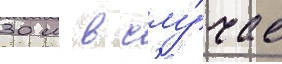
30 м в слу́чае